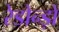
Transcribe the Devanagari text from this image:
रेडोन्ड़ो